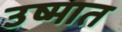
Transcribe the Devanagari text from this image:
उष्मात